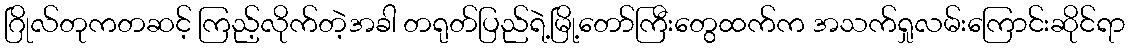
ဂြိုလ်တုကတဆင့် ကြည့်လိုက်တဲ့အခါ တရုတ်ပြည်ရဲ့မြို့တော်ကြီးတွေထက်က အသက်ရှုလမ်းကြောင်းဆိုင်ရာ